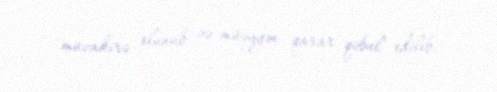
müzakirə olunub və müəyyən qarar qəbul edilib.